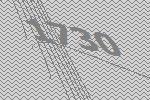
1730